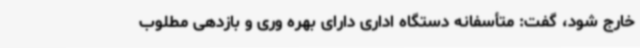
خارج شود، گفت: متأسفانه دستگاه اداری دارای بهره وری و بازدهی مطلوب